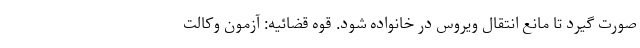
صورت گیرد تا مانع انتقال ویروس در خانواده شود. قوه قضائیه: آزمون وکالت